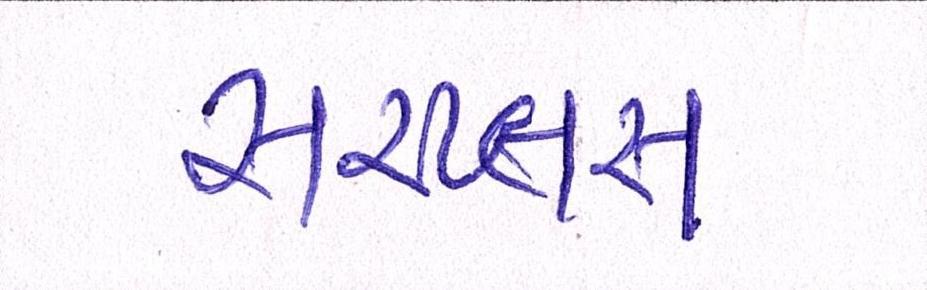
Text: સરપ્લસ